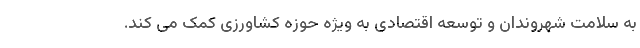
به سلامت شهروندان و توسعه اقتصادی به ویژه حوزه کشاورزی کمک می کند.